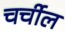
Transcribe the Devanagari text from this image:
चर्चील